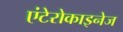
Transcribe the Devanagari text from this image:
एंटेरोकाइनेज